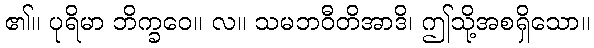
၏။ ပုရိမာ ဘိက္ခဝေ။ လ။ သမဘဝီတိအာဒိ၊ ဤသို့အစရှိသော။